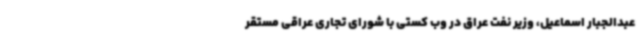
عبدالجبار اسماعیل، وزیر نفت عراق در وب کستی با شورای تجاری عراقی مستقر